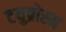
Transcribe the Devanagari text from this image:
टयुब्रोस्म